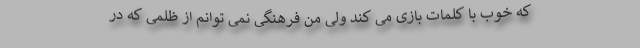
که خوب با کلمات بازی می کند ولی منِ فرهنگی نمی توانم از ظلمی که در